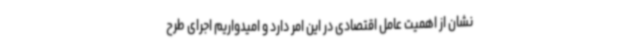
نشان از اهمیت عامل اقتصادی در این امر دارد و امیدواریم اجرای طرح